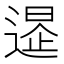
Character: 𨕲